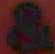
&